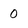
Character: 0